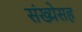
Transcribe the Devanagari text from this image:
संख्येसह